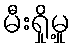
မီးရှို့မှု